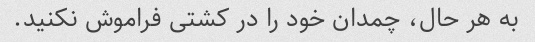
به هر حال، چمدان خود را در کشتی فراموش نکنید.